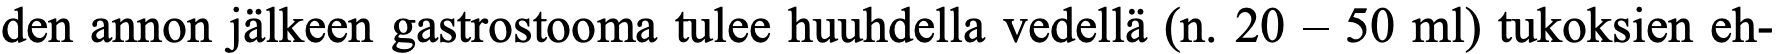
den annon jälkeen gastrostooma tulee huuhdella vedellä (n. 20 – 50 ml) tukoksien eh-